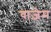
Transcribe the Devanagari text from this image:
वाज़ेम